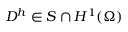
D ^ { h } \in S \cap H ^ { 1 } ( \Omega )